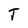
Character: T